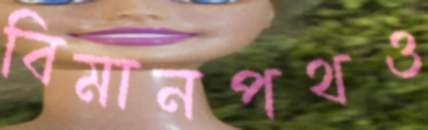
বিমানপথও